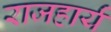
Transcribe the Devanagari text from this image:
राजहार्यं